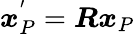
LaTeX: \boldsymbol{x}_{P}^{'}=\boldsymbol{R}\boldsymbol{x}_{P}